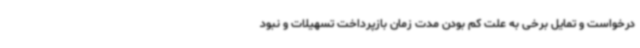
درخواست و تمایل برخی به علت کم بودن مدت زمان بازپرداخت تسهیلات و نبود